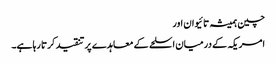
چین ہمیشہ تائیوان اور
امریکہ کے درمیان اسلحے کے معاہدے پر تنقید کرتا رہا ہے۔